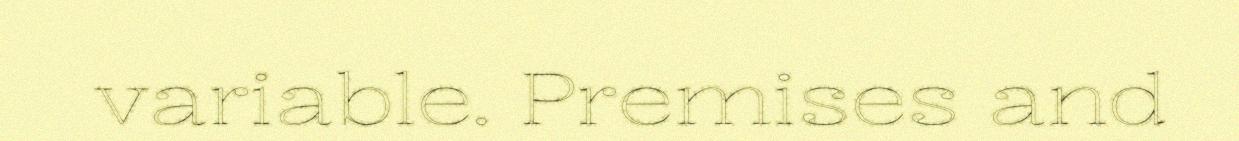
variable. Premises and